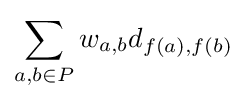
\sum _{a,b\in P}w_{a,b}d_{f(a),f(b)}